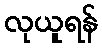
လုယူရန်